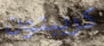
كريبتون